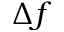
\Delta f